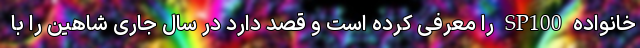
خانواده SP100 را معرفی کرده است و قصد دارد در سال جاری شاهین را با